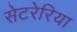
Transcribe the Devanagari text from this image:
सेटरेरिया